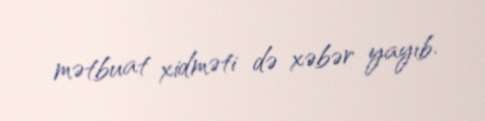
mətbuat xidməti də xəbər yayıb.